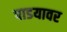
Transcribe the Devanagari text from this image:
पाडयावर